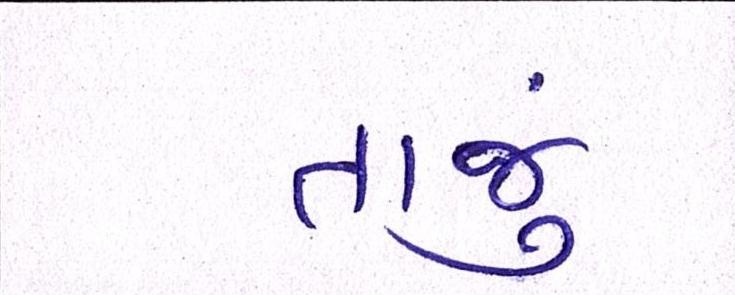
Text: તાજું